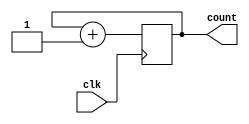
`timescale 1ns / 1ps
//////////////////////////////////////////////////////////////////////////////////
// Company: 
// 
// Design Name: 
// Module Name: Counter2Bit_s
// Project Name: 
// Target Devices: 
// Tool Versions: 
// Description: uses slowed clock to generate 2 bit counter used as selection input  
// 
// Dependencies: 
// 
// Revision:
// Revision 0.01 - File Created
// Additional Comments:
// 
//////////////////////////////////////////////////////////////////////////////////


module Counter2Bit_s(count, clk);

    input clk; 

    output reg [1:0] count; 

    always @(posedge clk ) begin
        count = count + 1;  
    end

endmodule